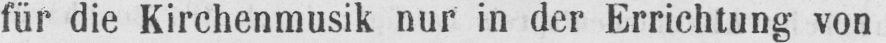
für die Kirchenmusik nur in der Errichtung von